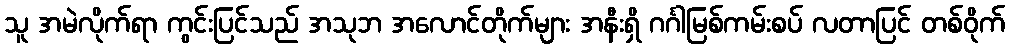
သူ အမဲလိုက်ရာ ကွင်းပြင်သည် အသုဘ အလောင်တိုက်များ အနီးရှိ ဂင်္ဂါမြစ်ကမ်းစပ် လတာပြင် တစ်ဝိုက်